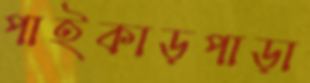
পাইকাড়পাড়া